Indian journal of veterinary science and animal husbandry - Volumes 28-29, 1958-1959
Year: 1958
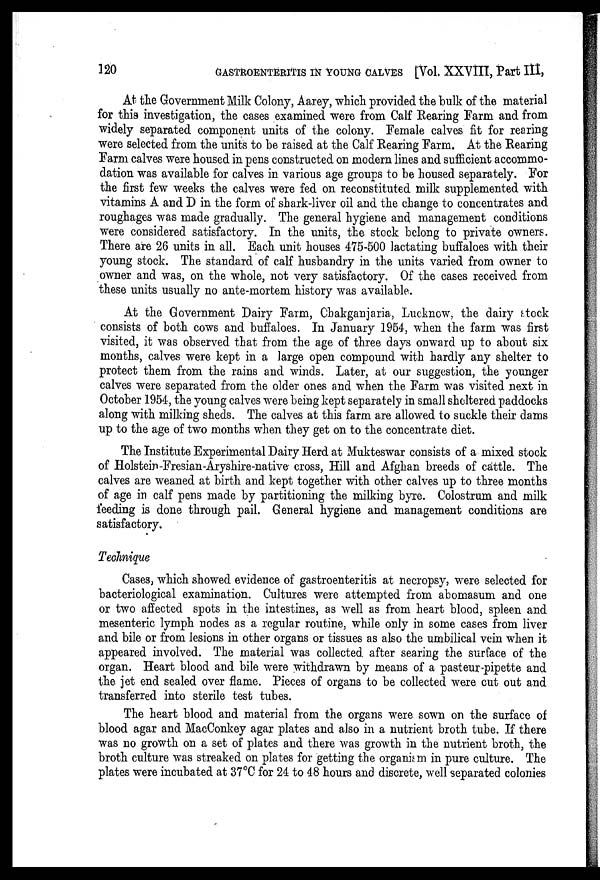
120
GASTROENTERITIS IN YOUNG CALVES [Vol. XXVIII, Part III,
At the Government Milk Colony, Aarey, which provided the bulk of the material
for this investigation, the cases examined were from Calf Rearing Farm and from
widely separated component units of the colony. Female calves fit for rearing
were selected from the units to be raised at the Calf Rearing Farm. At the Rearing
Farm calves were housed in pens constructed on modern lines and sufficient accommo-
dation was available for calves in various age groups to be housed separately. For
the first few weeks the calves were fed on reconstituted milk supplemented with
vitamins A and D in the form of shark-liver oil and the change to concentrates and
roughages was made gradually. The general hygiene and management conditions
were considered satisfactory. In the units, the stock belong to private owners.
There are 26 units in all. Each unit houses 475-500 lactating buffaloes with their
young stock. The standard of calf husbandry in the units varied from owner to
owner and was, on the whole, not very satisfactory. Of the cases received from
these units usually no ante-mortem history was available.
At the Government Dairy Farm, Chakganjaria, Lucknow, the dairy stock
consists of both cows and buffaloes. In January 1954, when the farm was first
visited, it was observed that from the age of three days onward up to about six
months, calves were kept in a large open compound with hardly any shelter to
protect them from the rains and winds. Later, at our suggestion, the younger
calves were separated from the older ones and when the Farm was visited next in
October 1954, the young calves were being kept separately in small sheltered paddocks
along with milking sheds. The calves at this farm are allowed to suckle their dams
up to the age of two months when they get on to the concentrate diet.
The Institute Experimental Dairy Herd at Mukteswar consists of a mixed stock
of Holstein-Fresian-Aryshire-native cross, Hill and Afghan breeds of cattle. The
calves are weaned at birth and kept together with other calves up to three months
of age in calf pens made by partitioning the milking byre. Colostrum and milk
•feeding is done through pail. General hygiene and management conditions are
satisfactory.
Technique
Cases, which showed evidence of gastroenteritis at necropsy, were selected for
bacteriological examination. Cultures were attempted from abomasum and one
or two affected spots in the intestines, as well as from heart blood, spleen and
mesenteric lymph nodes as a regular routine, while only in some cases from liver
and bile or from lesions in other organs or tissues as also the umbilical vein when it
appeared involved. The material was collected after searing the surface of the
organ. Heart blood and bile were withdrawn by means of a pasteur pipette and
the jet end sealed over flame. Pieces of organs to be collected were cut out and
transferred into sterile test tubes.
The heart blood and material from the organs were sown on the surface of
blood agar and MacConkey agar plates and also in a nutrient broth tube. If there
was no growth on a set of plates and there was growth in the nutrient broth, the
broth culture was streaked on plates for getting the organism in pure culture. The
plates were incubated at 37°C for 24 to 48 hours and discrete, well separated colonies